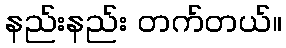
နည်းနည်း တက်တယ်။